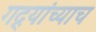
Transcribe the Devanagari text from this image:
गद्र्‍यांच्याच